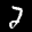
Label: 2